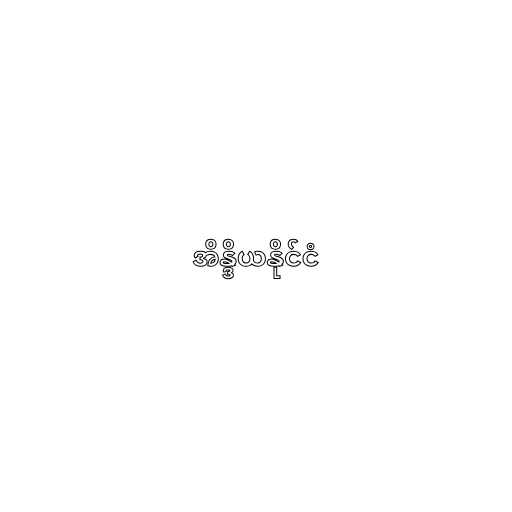
အိန္ဒိယနိုင်ငံ